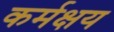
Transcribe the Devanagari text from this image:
कर्मक्षय